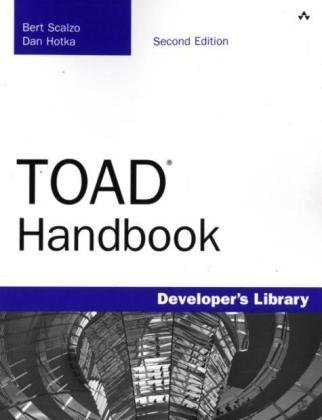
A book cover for TOAD Handbook (2nd Edition); Bert Scalzo; Computers & Technology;